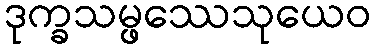
ဒုက္ခသမ္ဖဿေသုယေဝ